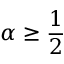
\alpha \geq \frac { 1 } { 2 }